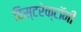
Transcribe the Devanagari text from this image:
हिस्टरेक्टॉमी